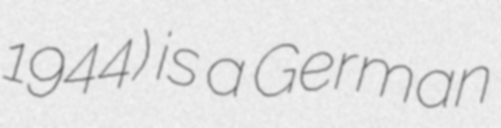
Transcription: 1944) is a German